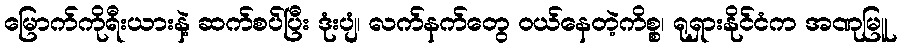
မြောက်ကိုရီးယားနဲ့ ဆက်စပ်ပြီး ဒုံးပျံ၊ လက်နက်တွေ ဝယ်နေတဲ့ကိစ္စ၊ ရုရှားနိုင်ငံက အဏုမြူ